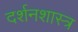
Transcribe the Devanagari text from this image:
दर्शनशास्‍त्र